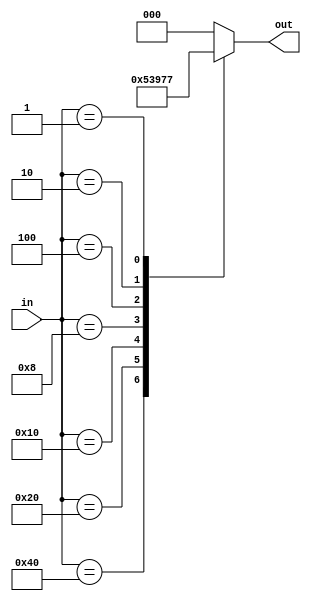
module octal_priority_encoder (
    input [7:0] in,
    output reg [2:0] out
);

always @* begin
    case(in)
        8'b10000000 : out = 3'b000;
        8'b01000000 : out = 3'b001;
        8'b00100000 : out = 3'b010;
        8'b00010000 : out = 3'b011;
        8'b00001000 : out = 3'b100;
        8'b00000100 : out = 3'b101;
        8'b00000010 : out = 3'b110;
        8'b00000001 : out = 3'b111;
        default : out = 3'b000; // default to input 0 if no valid inputs
    endcase
end

endmodule